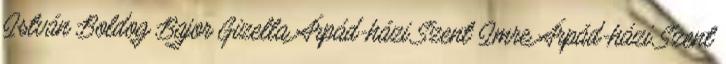
István Boldog Bajor Gizella Árpád-házi Szent Imre Árpád-házi Szent